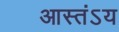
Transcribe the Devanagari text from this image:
आस्तंऽय